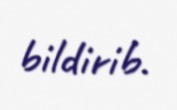
bildirib.